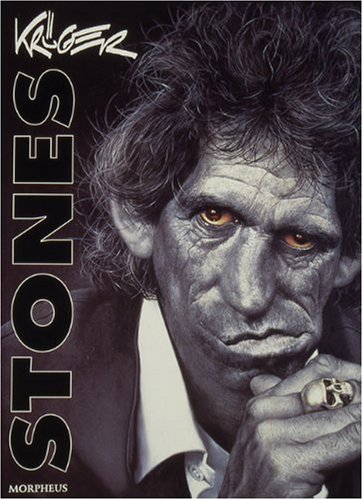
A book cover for Stones by Kruger; Sebastian Kruger; Arts & Photography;